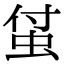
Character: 𧊆